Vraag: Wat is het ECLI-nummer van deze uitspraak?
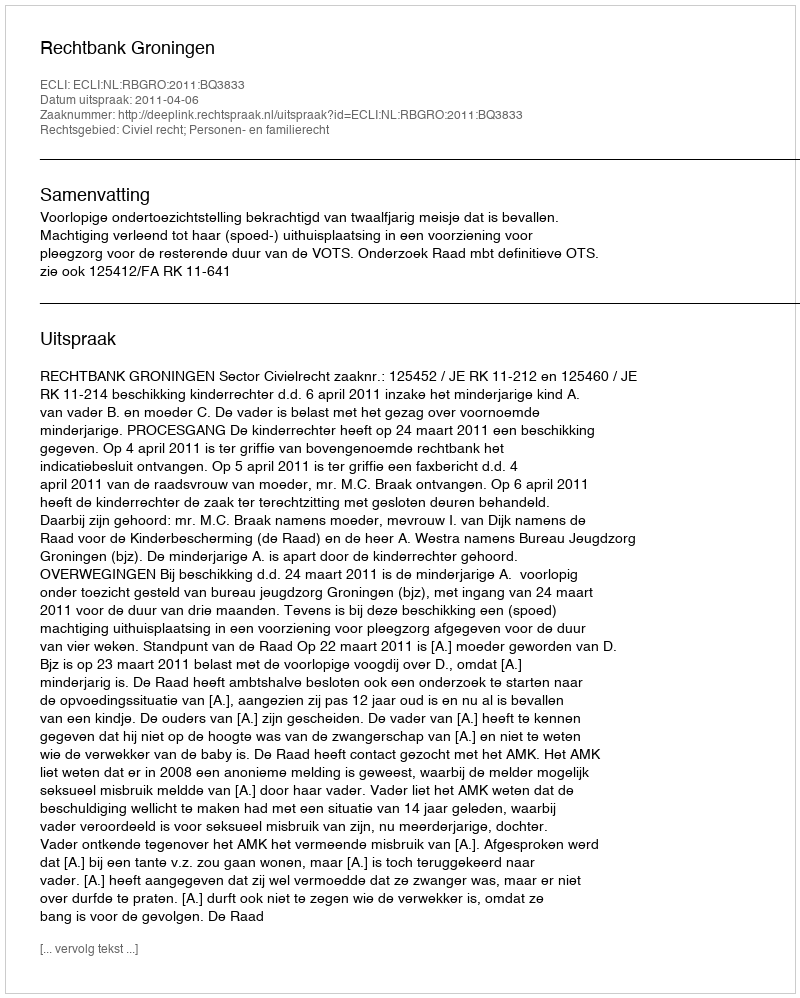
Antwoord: ECLI:NL:RBGRO:2011:BQ3833